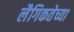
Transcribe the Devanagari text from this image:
लैगिकतेच्या